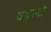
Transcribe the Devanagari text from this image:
बद्ल्ते